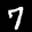
Label: 7